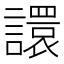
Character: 譞